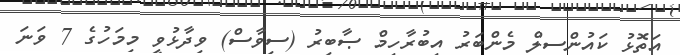
އަތޮޅު ކައުންސިލް މެންބަރު އިބުރާހިމް ޞާބިރު (ސިވާސް) ވިދާޅުވީ މިމަހުގެ 7 ވަނަ